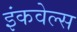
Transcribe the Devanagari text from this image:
इंकवेल्स